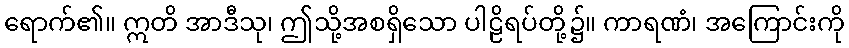
ရောက်၏။ ဣတိ အာဒီသု၊ ဤသို့အစရှိသော ပါဠိရပ်တို့၌။ ကာရဏံ၊ အကြောင်းကို